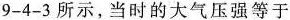
9-4-3所示，当时的大气压强等于